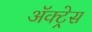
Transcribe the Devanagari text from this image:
ॲक्ट्रेस